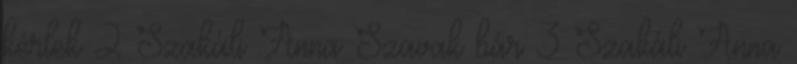
kérlek 2 Szakáli Anna Szavak bár 3 Szakáli Anna